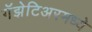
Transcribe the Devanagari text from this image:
गॅझेटिअरमध्ये